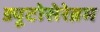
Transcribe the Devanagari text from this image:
ड्यूटोसेरेब्रम